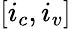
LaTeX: [i_{c},i_{v}]